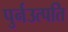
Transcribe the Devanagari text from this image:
पुर्नउत्पति